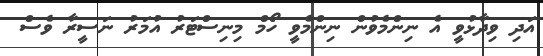
އަދި ވިދާޅުވީ އެ ނިންމެވުން ނިންމެވީ ހޯމް މިނިސްޓަރު އުމަރު ނަސީރާ ވެސް